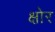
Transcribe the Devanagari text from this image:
क्षोर